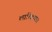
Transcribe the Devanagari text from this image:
लात्व्हियात